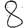
Digit: 8